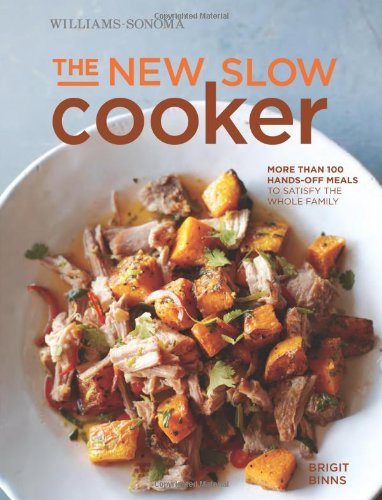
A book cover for The New Slow Cooker: More Than 100 Hands-Off Meals to Satisfy the Whole Family; Brigit Binns; Cookbooks, Food & Wine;